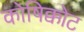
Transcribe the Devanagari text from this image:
कोषिक्कोट